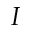
I